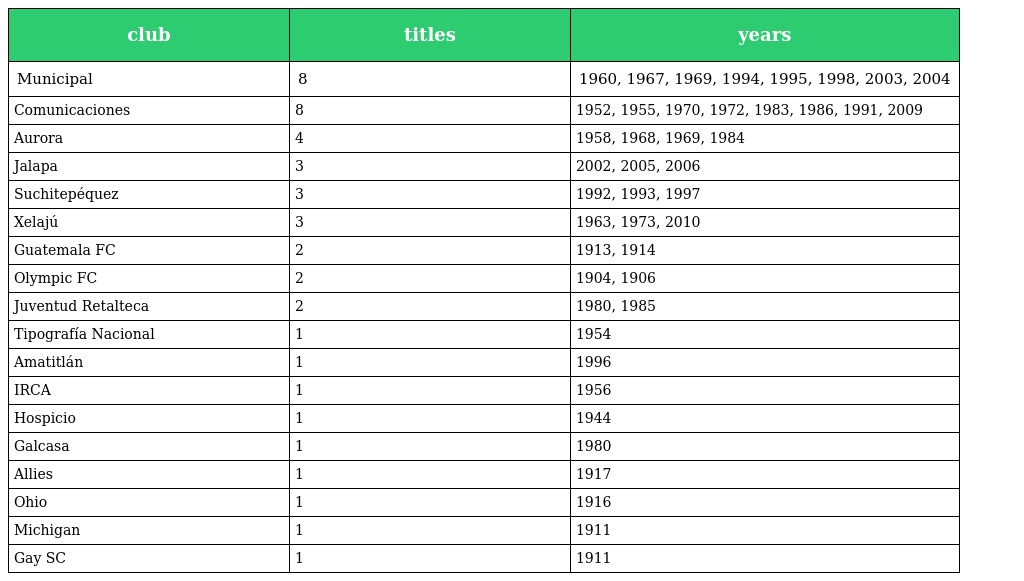
| club | titles | years |
 | --- | --- | --- |
 | Municipal | 8 | 1960, 1967, 1969, 1994, 1995, 1998, 2003, 2004 |
 | Comunicaciones | 8 | 1952, 1955, 1970, 1972, 1983, 1986, 1991, 2009 |
 | Aurora | 4 | 1958, 1968, 1969, 1984 |
 | Jalapa | 3 | 2002, 2005, 2006 |
 | Suchitepéquez | 3 | 1992, 1993, 1997 |
 | Xelajú | 3 | 1963, 1973, 2010 |
 | Guatemala FC | 2 | 1913, 1914 |
 | Olympic FC | 2 | 1904, 1906 |
 | Juventud Retalteca | 2 | 1980, 1985 |
 | Tipografía Nacional | 1 | 1954 |
 | Amatitlán | 1 | 1996 |
 | IRCA | 1 | 1956 |
 | Hospicio | 1 | 1944 |
 | Galcasa | 1 | 1980 |
 | Allies | 1 | 1917 |
 | Ohio | 1 | 1916 |
 | Michigan | 1 | 1911 |
 | Gay SC | 1 | 1911 |